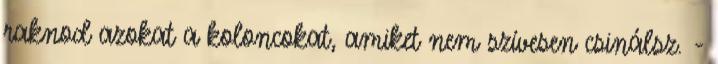
raknod azokat a koloncokat, amiket nem szívesen csinálsz. -